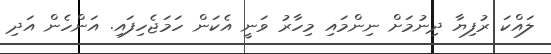
ލައްކަ ރުފިޔާ ދިނުމަށް ނިންމައި މިހާރު ވަނީ އެކަން ހަމަޖެހިފައި. އަންހެން އަދި